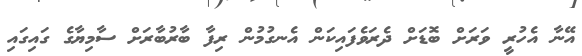
އޭނާ އެހުރީ ވަރަށް ބޮޑަށް ދެރަވެފައިކަން އެނގުމުން ރިފާ ބާރުބާރަށް ސާމިޔާގެ ގައިގައި